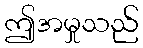
ဤအမှုသည်